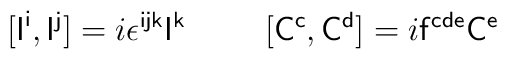
[{\sf I}^{\sf i},{\sf I}^{\sf j}]=i\epsilon^{\sf ijk}{\sf I}^{\sf k}\hskip1.0cm[{\sf C}^{\sf c},{\sf C}^{\sf d}]=i{\sf f}^{\sf cde}{\sf C}^{\sf e}